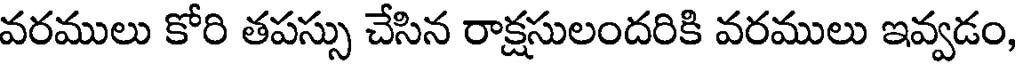
వరములు కోరి తపస్సు చేసిన రాక్షసులందరికి వరములు ఇవ్వడం,